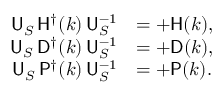
\begin{array} { r l } { { \sf U } _ { S } \, { \sf H } ^ { \dagger } ( k ) \, { \sf U } _ { S } ^ { - 1 } } & { = + { \sf H } ( k ) , } \\ { { \sf U } _ { S } \, { \sf D } ^ { \dagger } ( k ) \, { \sf U } _ { S } ^ { - 1 } } & { = + { \sf D } ( k ) , } \\ { { \sf U } _ { S } \, { \sf P } ^ { \dagger } ( k ) \, { \sf U } _ { S } ^ { - 1 } } & { = + { \sf P } ( k ) . } \end{array}